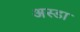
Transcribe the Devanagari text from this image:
अस्डा